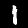
Label: 1